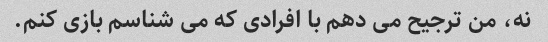
نه، من ترجیح می دهم با افرادی که می شناسم بازی کنم.